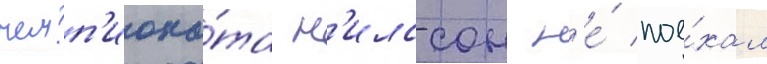
чемп'иона́та н'илссон н'е́ пое́хал